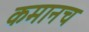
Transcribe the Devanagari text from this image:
कमानच